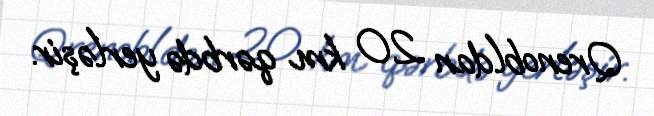
Qrenobldan 20 km qərbdə yerləşir.